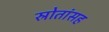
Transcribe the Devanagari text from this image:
स्रोतांसह